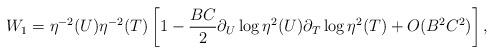
LaTeX: \begin{align*}W_{1} = \eta^{-2}(U) \eta^{-2}(T) \left[1 - \frac{BC}{2} \partial_{U} \log \eta^{2}(U)\partial_{T} \log \eta^{2}(T) + O( B^{2}C^{2} )\right],\end{align*}